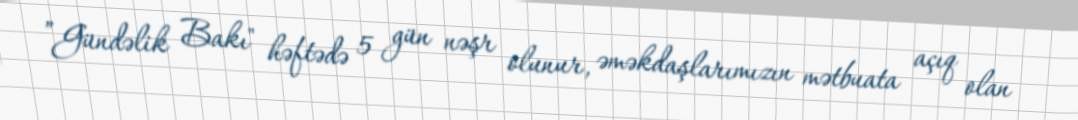
”Gündəlik Bakı" həftədə 5 gün nəşr olunur, əməkdaşlarımızın mətbuata açıq olan